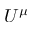
U ^ { \mu }